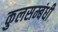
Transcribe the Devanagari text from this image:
कुलसम्बंधी